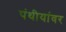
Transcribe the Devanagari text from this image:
पंथीयांवर